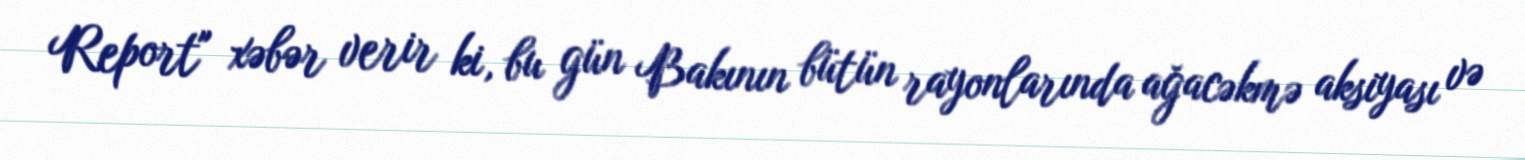
Report" xəbər verir ki, bu gün Bakının bütün rayonlarında ağacəkmə aksiyası və